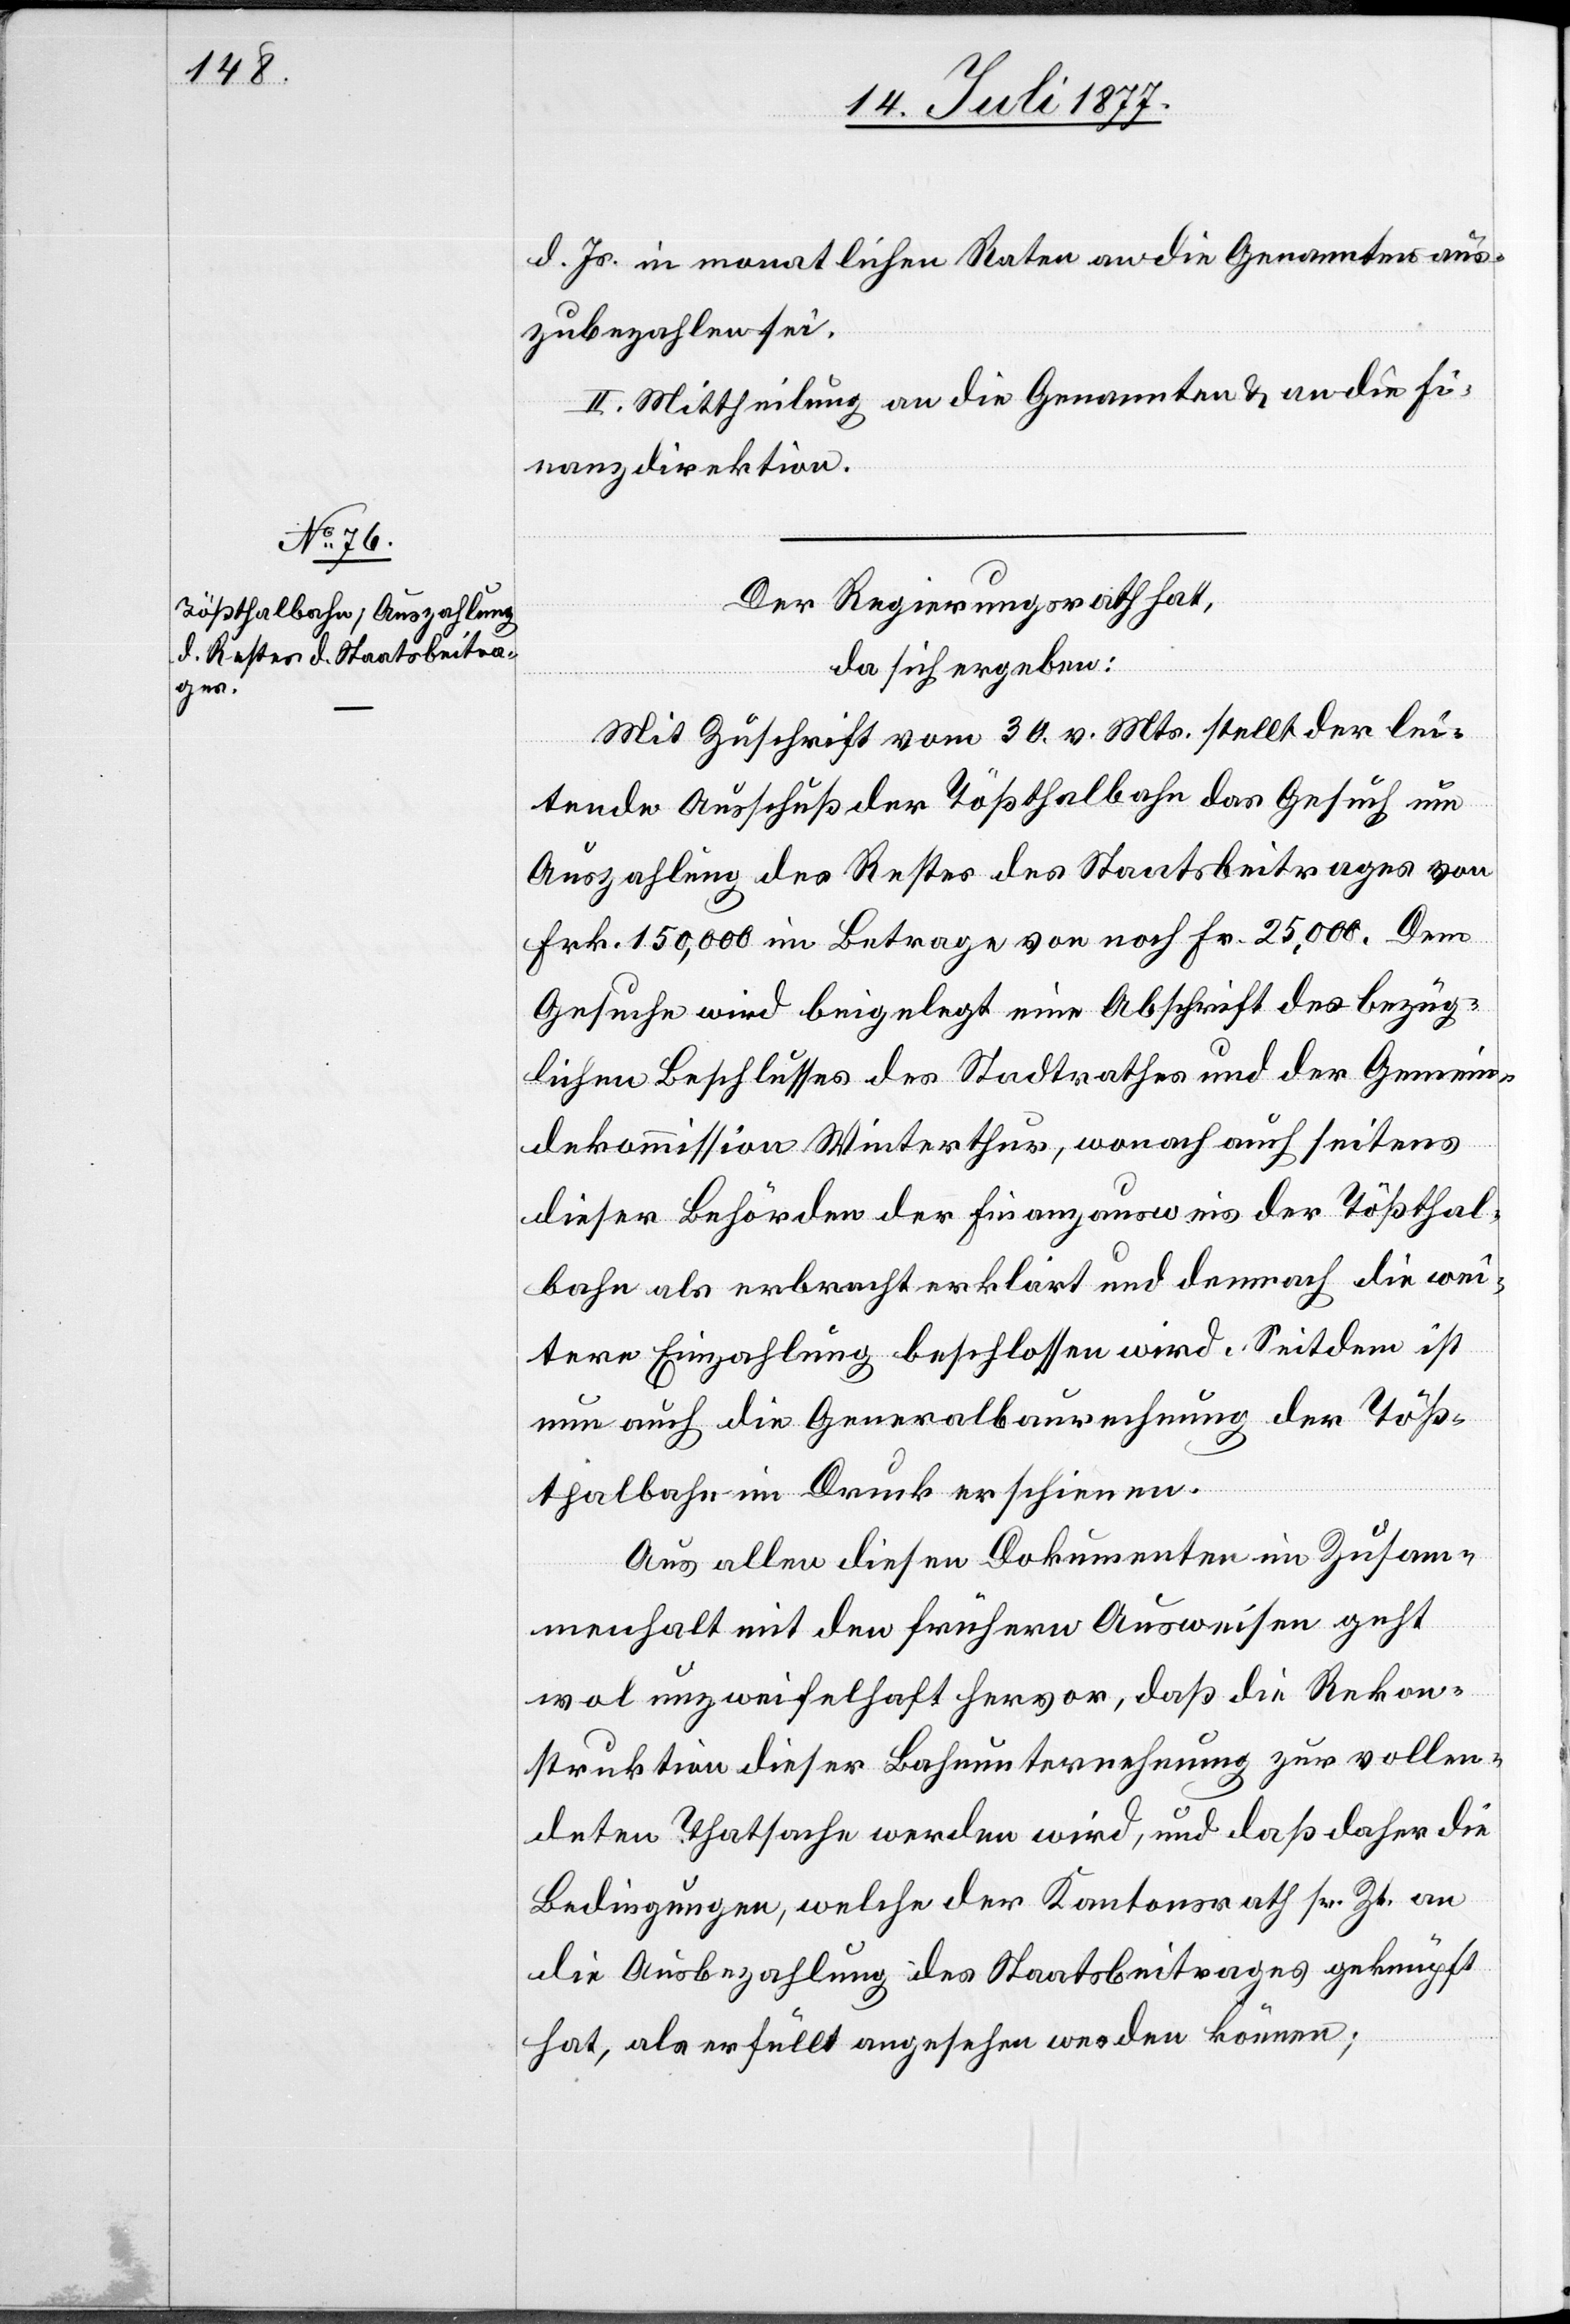
d. Js. in monatlichen Raten an die Genannten aus¬
zubezahlen sei.
II. Mittheilung an die Genannten & an die Fi¬
nanzdirektion.
Der Regierungsrath hat,
da sich ergeben:
Mit Zuschrift vom 30. v. Mts. stellt der lei¬
tende Ausschuß der Tößthalbahn das Gesuch um
Auszahlung des Restes des Staatsbeitrages von
Frk. 150,000 im Betrage von noch Fr. 25,000. Dem
Gesuche wird beigelegt eine Abschrift des bezüg¬
lichen Beschlusses des Stadtrathes und der Gemein¬
dekommission Winterthur, wonach auch seitens
dieser Behörden der Finanzausweis der Tößthal¬
bahn als erbracht erklärt und demnach die wei¬
tere Einzahlung beschlossen wird. Seitdem ist
nun auch die Generalbaurechnung der Töß¬
thalbahn im Druck erschienen.
Aus allen diesen Dokumenten im Zusam¬
menhalt mit den frühern Ausweisen geht
wol unzweifelhaft hervor, daß die Rekon¬
struktion dieser Bahnunternehmung zur vollen¬
deten Thatsache werden wird, und daß daher die
Bedingungen, welche der Kantonsrath sr. Zt. an
die Ausbezahlung des Staatsbeitrages geknüpft
hat, als erfüllt angesehen werden können;